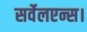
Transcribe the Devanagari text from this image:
सर्वेलएन्स।